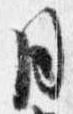
同